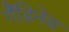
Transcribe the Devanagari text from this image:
गैंडिनेस